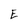
Character: E